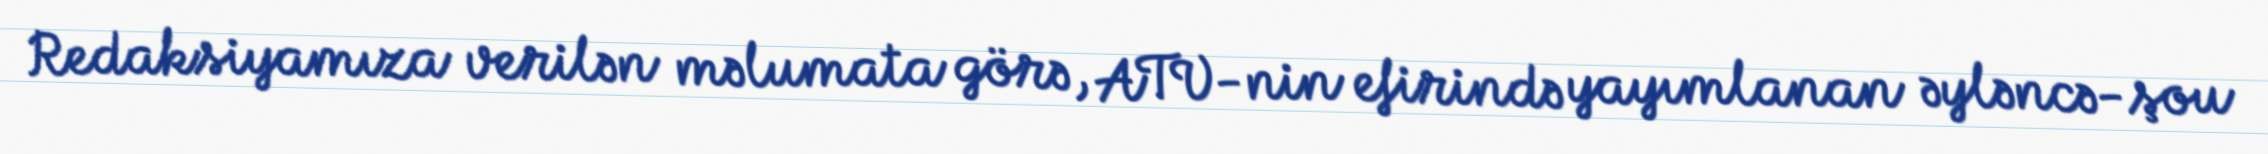
Redaksiyamıza verilən məlumata görə, ATV-nin efirində yayımlanan əyləncə-şou